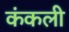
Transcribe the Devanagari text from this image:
कंकली